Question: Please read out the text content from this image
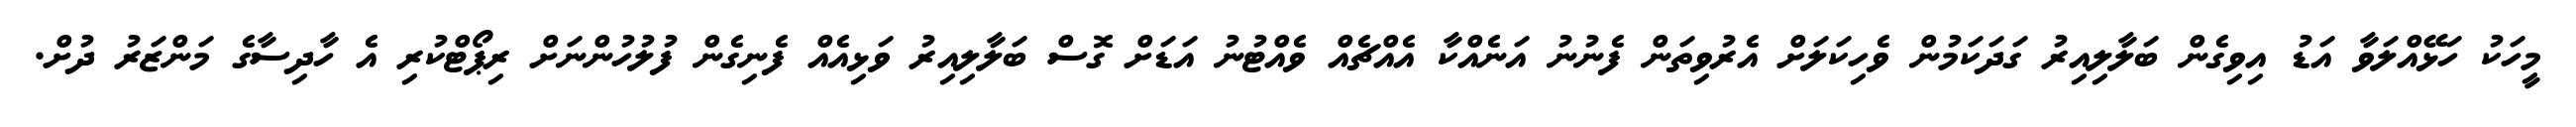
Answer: މީހަކު ހަޅޭއްލަވާ އަޑު އިވިގެން ބަލާލިއިރު ގަދަކަމުން ވެހިކަލަށް އެރުވިތަން ފެނުނު އަނެއްކާ އެއްޗެއް ވެއްޓުނު އަޑަށް ގޮސް ބަލާލިއިރު ވަޅިއެއް ފެނިގެން ފުލުހުންނަށް ރިޕޯޓްކުރި އެ ހާދިސާގެ މަންޒަރު ދުށް.